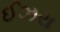
ઈઝરા